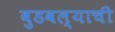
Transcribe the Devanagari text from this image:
बुडवल्याची